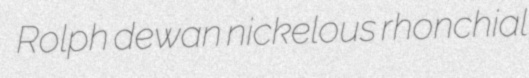
Rolph dewan nickelous rhonchial